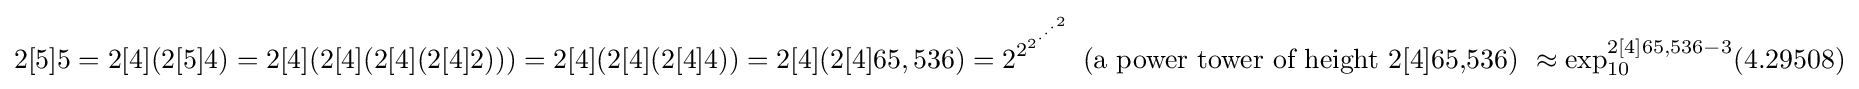
2[5]5=2[4](2[5]4)=2[4](2[4](2[4](2[4]2)))=2[4](2[4](2[4]4))=2[4](2[4]65,536)=2^{2^{2^{\cdot ^{\cdot ^{\cdot ^{2}}}}}}{\mbox{ (a power tower of height 2[4]65,536) }}\approx \exp _{10}^{2[4]65,536-3}(4.29508)